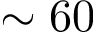
\sim 6 0